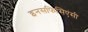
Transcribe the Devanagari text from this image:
इनसफिसिएंसी